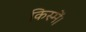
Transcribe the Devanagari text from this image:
किस्में।